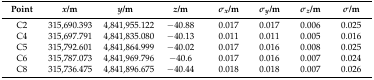
| Point | x/m | y/m | z/m | σx/m | σy/m | σz/m | σ/m |
 | --- | --- | --- | --- | --- | --- | --- | --- |
 | C2 | 315,690.393 | 4,841,955.122 | −40.88 | 0.017 | 0.017 | 0.006 | 0.025 |
 | C4 | 315,697.791 | 4,841,835.080 | −40.13 | 0.011 | 0.011 | 0.005 | 0.016 |
 | C5 | 315,792.601 | 4,841,864.999 | −40.02 | 0.017 | 0.016 | 0.008 | 0.025 |
 | C6 | 315,787.073 | 4,841,969.796 | −40.6 | 0.017 | 0.016 | 0.007 | 0.024 |
 | C8 | 315,736.475 | 4,841,896.675 | −40.44 | 0.018 | 0.018 | 0.007 | 0.026 |